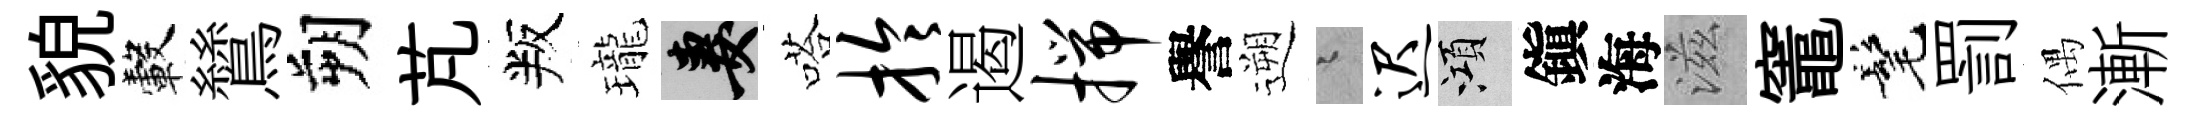
貌轂鷥朔芃叛瓏妻嗒拎遏揣譽遡迢迟澒鎭海滋竈髦罰偶漸